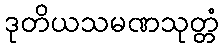
ဒုတိယသမဏသုတ္တံ